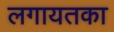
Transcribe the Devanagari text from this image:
लगायतका